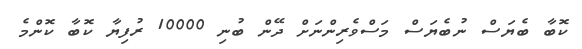
ކޮބާ ބެޔަސް ނުބެޔަސް މަސްވެރިންނަށް ދޭން ބުނި 10000 ރުފިޔާ ކޮބާ ކޮންމެ